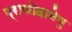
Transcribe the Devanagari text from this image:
प्राणोदानेषु